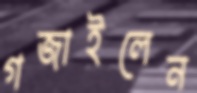
গজাইলেন